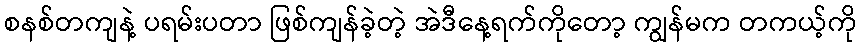
စနစ်တကျနဲ့ ပရမ်းပတာ ဖြစ်ကျန်ခဲ့တဲ့ အဲဒီနေ့ရက်ကိုတော့ ကျွန်မက တကယ့်ကို